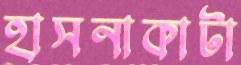
হাসনাকাটা